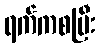
ရက်ကစပြီး